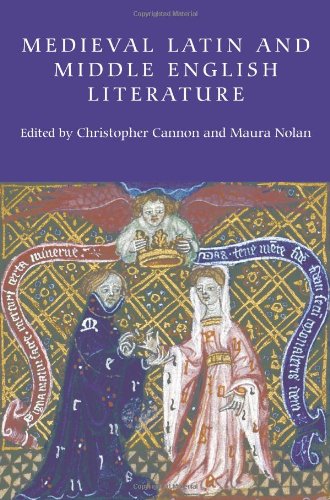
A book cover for Medieval Latin and Middle English Literature: Essays in Honour of Jill Mann; Literature & Fiction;